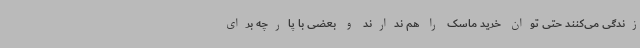
زندگی می‌کنند حتی توان خرید ماسک را هم ندارند و بعضی با پارچه برای